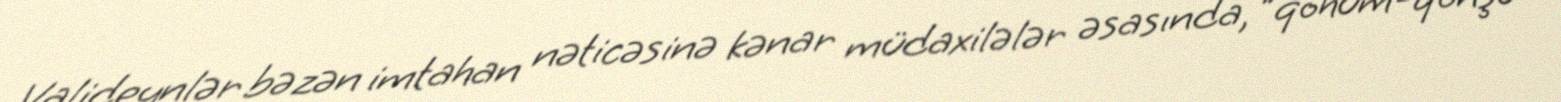
Valideynlər bəzən imtahan nəticəsinə kənar müdaxilələr əsasında, ”qohum-qonşu